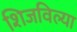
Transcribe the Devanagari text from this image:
शिजविल्या